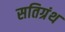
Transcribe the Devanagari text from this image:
सतिग्रंथ